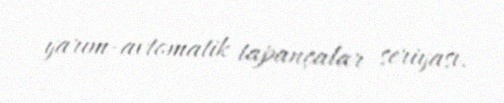
yarım-avtomatik tapançalar seriyası.